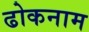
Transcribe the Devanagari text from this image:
ढोकनाम